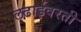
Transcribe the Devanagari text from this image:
लढाईवरती